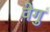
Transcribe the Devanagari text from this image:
वेगु